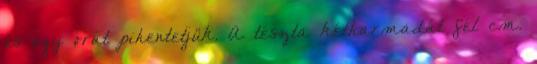
és egy órát pihentetjük. A tészta kétharmadát fél cm.